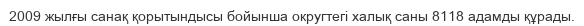
2009 жылғы санақ қорытындысы бойынша округтегі халық саны 8118 адамды құрады.